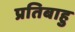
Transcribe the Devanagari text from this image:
प्रतिबाहु